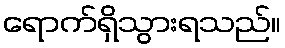
ရောက်ရှိသွားရသည်။